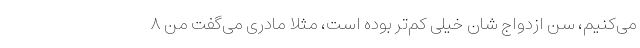
می‌کنیم، سن ازدواج شان خیلی کم‌تر بوده است، مثلا مادری می‌گفت من ۸